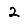
Digit: 2